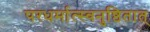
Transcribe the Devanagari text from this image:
परधर्मात्स्वनुष्ठितात्